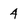
Character: 4